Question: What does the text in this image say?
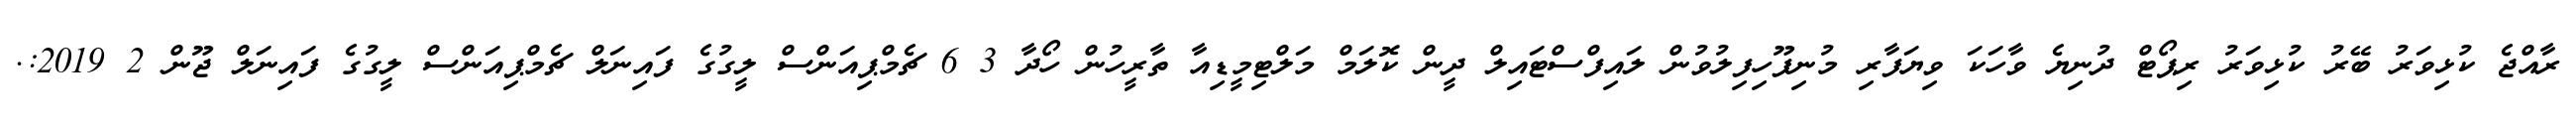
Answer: ރާއްޖެ ކުޅިވަރު ބޭރު ކުޅިވަރު ރިޕޯޓް ދުނިޔެ ވާހަކަ ވިޔަފާރި މުނިފޫހިފިލުވުން ލައިފްސްޓައިލް ދީން ކޮލަމް މަލްޓިމީޑިއާ ތާރީހުން ހޯދާ 3 6 ޗެމްޕިއަންސް ލީގުގެ ފައިނަލް ޗެމްޕިއަންސް ލީގުގެ ފައިނަލް ޖޫން 2 2019:.